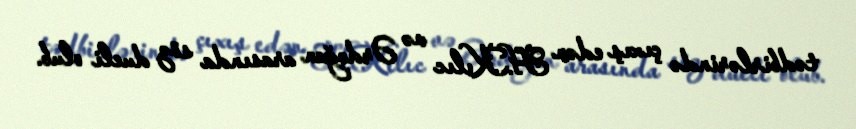
tədbirlərində çıxış edən H.Kılıc və Ərdoğan arasında söz dueli olub.